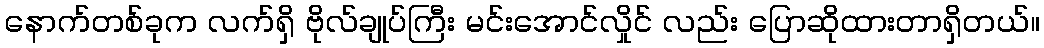
နောက်တစ်ခုက လက်ရှိ ဗိုလ်ချုပ်ကြီး မင်းအောင်လှိုင် လည်း ပြောဆိုထားတာရှိတယ်။